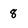
Character: 8